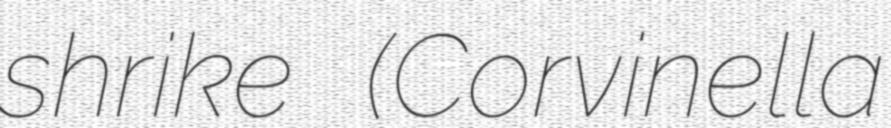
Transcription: shrike (Corvinella